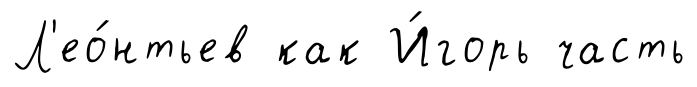
Л'ео́нтьев как И́горь часть